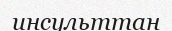
инсульттан